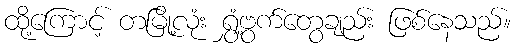
ထို့ကြောင့် တမြို့လုံး ရွှံ့ဗွက်တွေချည်း ဖြစ်နေသည်။